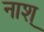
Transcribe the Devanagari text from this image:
नाश्